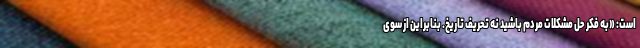
است: «به فکر حل مشکلات مردم باشید نه تحریف تاریخ. بنابراین از سوی